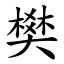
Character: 樊